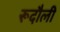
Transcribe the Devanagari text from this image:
रूदौली